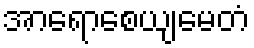
အာရောစေယျမေတံ